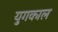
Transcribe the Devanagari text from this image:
युगकाल